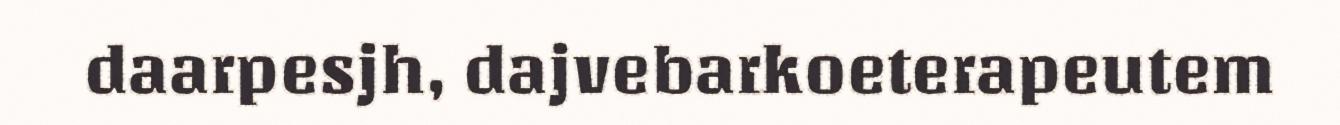
daarpesjh, dajvebarkoeterapeutem